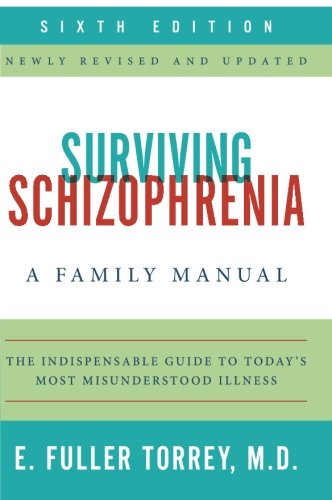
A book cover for Surviving Schizophrenia, 6th Edition: A Family Manual; E. Fuller Torrey; Health, Fitness & Dieting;